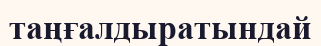
таңғалдыратындай